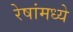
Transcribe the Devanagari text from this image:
रेषांमध्ये